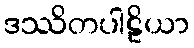
ဒဿိတပါဠိယာ